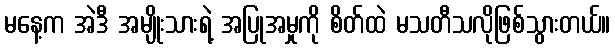
မနေ့က အဲဒီ အမျိုးသားရဲ့ အပြုအမှုကို စိတ်ထဲ မသတီသလိုဖြစ်သွားတယ်။